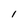
Character: 1